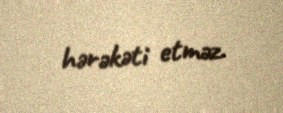
hərəkəti etməz.